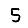
Digit: 5